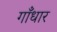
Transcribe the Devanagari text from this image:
गाँधार